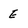
Character: E